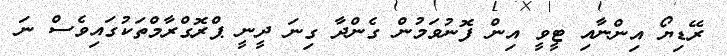
ރޭޑިޔޯ އިންނާއި ޓީވީ އިން ފޮނުވަމުން ގެންދާ ގިނަ ދީނީ ޕްރޮގްރާމްތަކުގައިވެސް ނަ